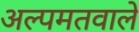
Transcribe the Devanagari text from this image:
अल्पमतवाले